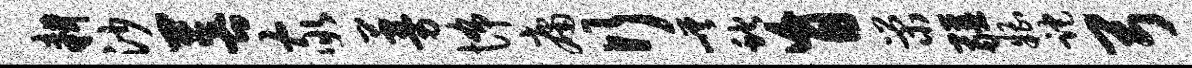
耕沙菩家蔓怖庸行嵯蛇盲荣疆糟跎弓